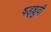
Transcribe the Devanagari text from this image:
षड्ध्रुवी